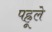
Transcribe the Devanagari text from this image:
पह्रूले